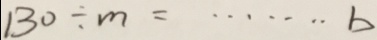
1 3 0 \div m = \cdots b